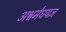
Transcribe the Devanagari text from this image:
अश्वमेधयज्ञ